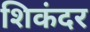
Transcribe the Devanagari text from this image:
शिकंदर